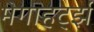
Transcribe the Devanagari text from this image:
मेगाहर्ट्झ